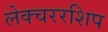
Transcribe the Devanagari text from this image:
लेक्चररशिप